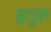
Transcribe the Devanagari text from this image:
इगुरु